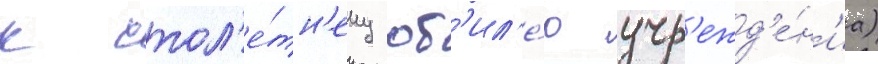
к стол'е́тн'ему юб'ил'е́ю учр'ежд'е́н'иа)